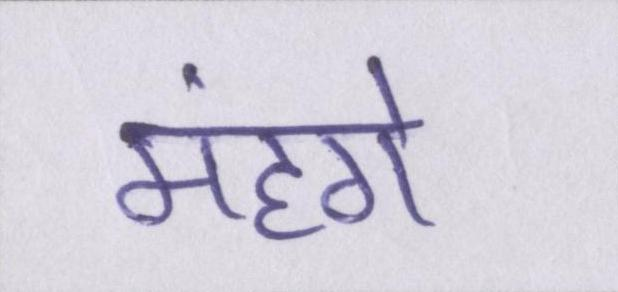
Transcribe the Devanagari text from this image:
मंहगे